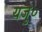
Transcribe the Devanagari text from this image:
यजु०